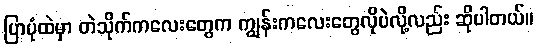
ပြာပုံထဲမှာ တဲသိုက်ကလေးတွေက ကျွန်းကလေးတွေလိုပဲလို့လည်း ဆိုပါတယ်။